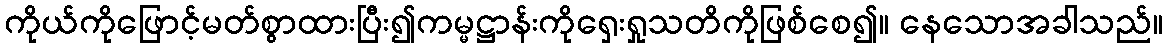
ကိုယ်ကိုဖြောင့်မတ်စွာထားပြီး၍ကမ္မဋ္ဌာန်းကိုရှေးရှုသတိကိုဖြစ်စေ၍။ နေသောအခါသည်။